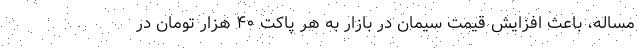
مساله، باعث افزایش قیمت سیمان در بازار به هر پاکت ۴۰ هزار تومان در